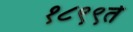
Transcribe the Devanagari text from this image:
१८९९ते